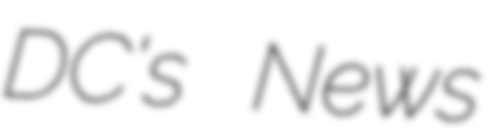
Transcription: DC's News